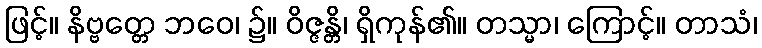
ဖြင့်။ နိဗ္ဗတ္တေ ဘဝေ၊ ၌။ ဝိဇ္ဇန္တိ၊ ရှိကုန်၏။ တသ္မာ၊ ကြောင့်။ တာသံ၊